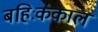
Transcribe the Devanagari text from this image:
बहिःकंकाल